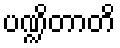
ပဏ္ဍိတာတိ